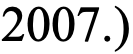
2007.)